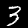
Label: 3